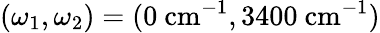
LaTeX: (\omega_{1},\omega_{2})=(0~\mathrm{cm}^{-1},3400~\mathrm{cm}^{-1})